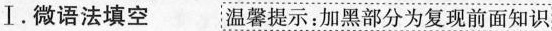
Ⅰ.微语法填空 温馨提示:加黑部分为复现前面知识